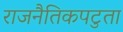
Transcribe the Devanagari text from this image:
राजनैतिकपटुता